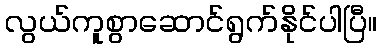
လွယ်ကူစွာဆောင်ရွက်နိုင်ပါပြီ။